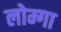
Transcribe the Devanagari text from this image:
लोम्गा